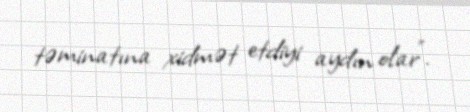
təminatına xidmət etdiyi aydın olar”.